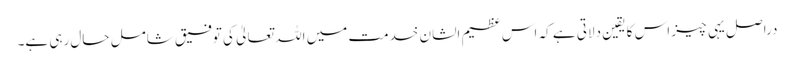
دراصل یہی چیز اس کا یقین دلاتی ہے کہ اس عظیم الشان خدمت میں اللہ تعالیٰ کی توفیق شامل حال رہی ہے۔